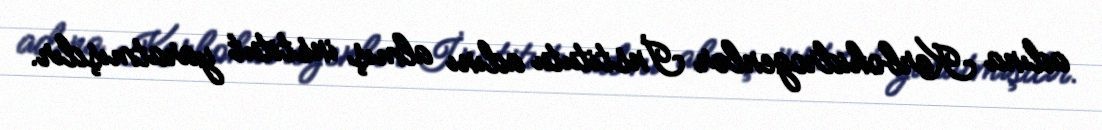
adına Karbohidrogenlər İnstitutu adını almış institut yaratmışdır.